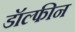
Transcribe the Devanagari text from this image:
डॉल्‍फीन